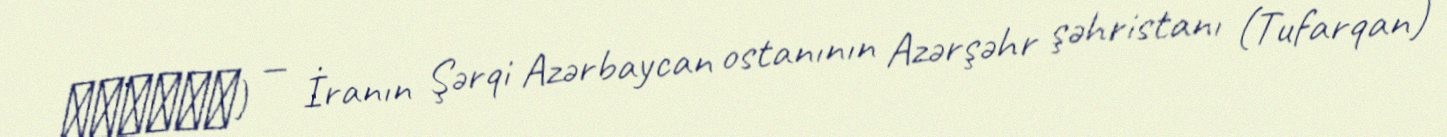
قوشقوا) — İranın Şərqi Azərbaycan ostanının Azərşəhr şəhristanı (Tufarqan)